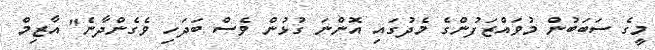
މީގެ ސަބަބުން މުވައްޒަފުންގެ މެދުގައި އޮންނަ ގުޅުން ވެސް ބަދަހި ވެގެންދާނެ" އާޒިމް